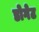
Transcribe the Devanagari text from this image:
डोगेट